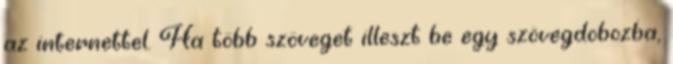
az internettel. Ha több szöveget illeszt be egy szövegdobozba,